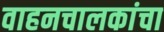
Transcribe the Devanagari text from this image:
वाहनचालकांचा